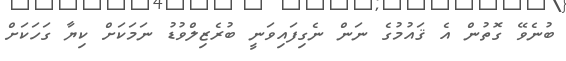
ބުނެވޭ ގޮތުން އެ ޤައުމުގެ ނަން ނެގިފައިވަނީ ބުރެޒިލްވުޑު ނަމަކަށް ކިޔާ ގަހަކަށް